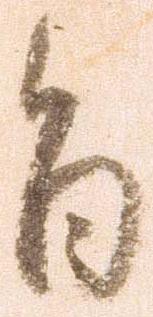
旨